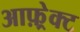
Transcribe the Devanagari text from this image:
आफ़्रेक्ट